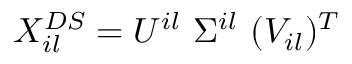
X _ { i l } ^ { D S } = { U } ^ { i l } \ \Sigma ^ { i l } \ ( V _ { i l } ) ^ { T }